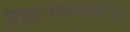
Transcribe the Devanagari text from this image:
प्रसारमाध्यमांवर